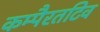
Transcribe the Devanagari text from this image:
कम्पैरतटिव